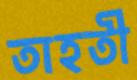
তাহতী